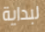
لبداية